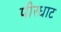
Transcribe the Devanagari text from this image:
पीरधाट